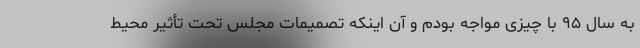
به سال ۹۵ با چیزی مواجه بودم و آن اینکه تصمیمات مجلس تحت تأثیر محیط